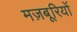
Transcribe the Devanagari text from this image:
मज़बूरियों